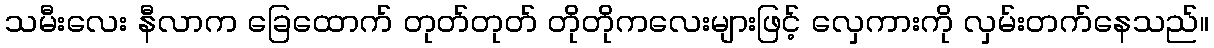
သမီးလေး နီလာက ခြေထောက် တုတ်တုတ် တိုတိုကလေးများဖြင့် လှေကားကို လှမ်းတက်နေသည်။